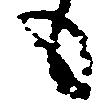
も